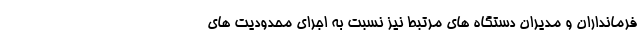
فرمانداران و مدیران دستگاه های مرتبط نیز نسبت به اجرای محدودیت های